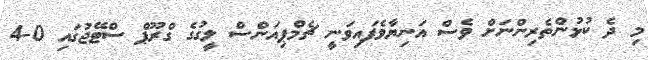
މި ދެ ކުޅުންތެރިންނަށް ވެސް އަނިޔާވެފައިވަނީ ޗެމްޕިއަންސް ލީގުގެ ގްރޫޕް ސްޓޭޖުގައި 0-4